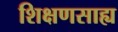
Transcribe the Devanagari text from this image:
शिक्षणसाह्य